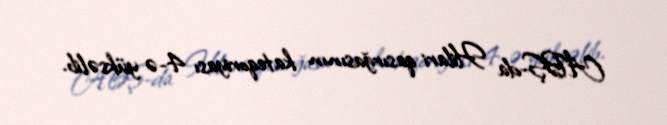
ABŞ-da Hilari qasırğasının kateqoriyası 4-ə yüksəlib.